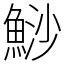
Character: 鯋